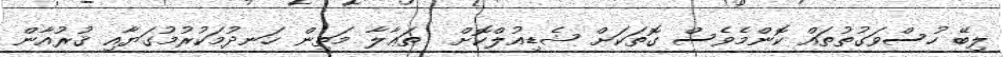
ލިބޭ ހުސްވަގުތުތައް ކޮންމެވެސް ގޮތަކަށް ޝެޑިއުލްކޮށް  ތަޢާލާ މަތިން ހަނދުމަކުރުމުގަޔާއި ޤުރުއާން